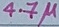
Text: 4.7µ